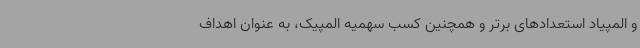
و المپیاد استعدادهای برتر و همچنین کسب سهمیه المپیک، به عنوان اهداف